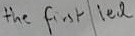
Text: the frst led